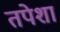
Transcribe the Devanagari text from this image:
तपेशा